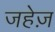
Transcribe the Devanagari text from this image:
जहेज़